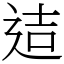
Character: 迼